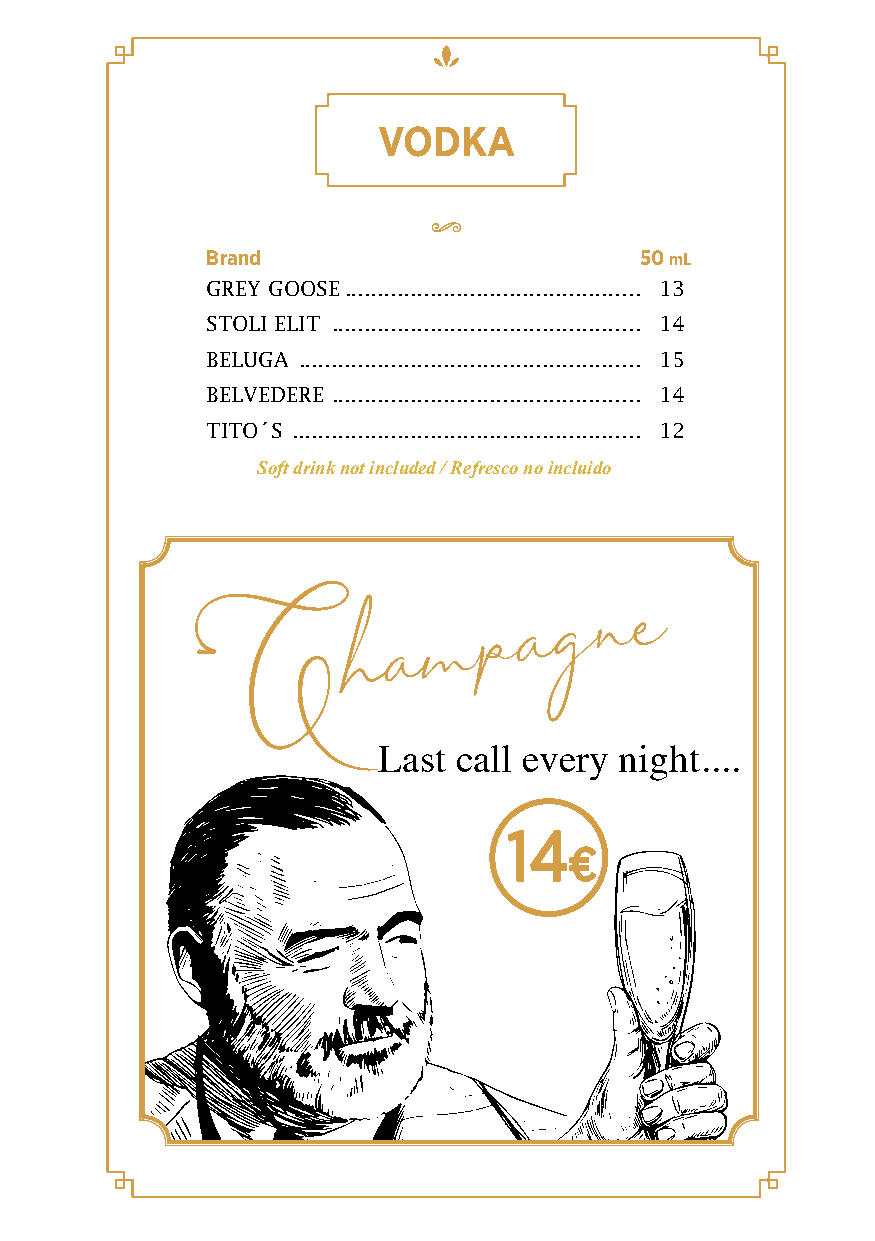
VODKA
 Brand                       50 mL
 GREY GOOSE ............................................. 13
 STOLI ELIT ............................................... 14
 BELUGA .................................................... 15
 BELVEDERE ............................................... 14
 TITO´S ..................................................... 12
 Soft drink not included / Refresco no incluido
 m   p  a g  n e
 h  a
 C
 Last call every night....
 1144
 €€